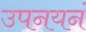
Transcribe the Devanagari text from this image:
उपनयनं